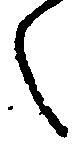
之